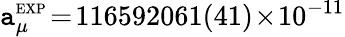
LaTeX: \mathtt{a}_{\mu}^{\scriptscriptstyle\mathrm{{EXP}}}\! =\! 116592061(41)\! \times\! 10^{-11}